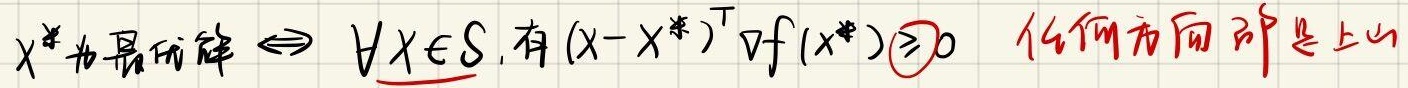
$x^*为最优解 \Leftrightarrow \forall x \in S, 有 (x - x^*)^T \nabla f(x^*) \geq 0$ 任何方向都是上山